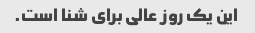
این یک روز عالی برای شنا است.